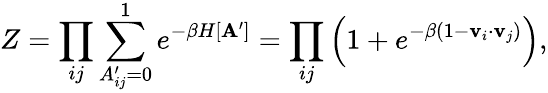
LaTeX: Z=\prod_{ij}\sum_{A_{ij}^{\prime}=0}^{1}e^{-\beta H[\mathbf{A^{\prime}}]}=\prod_{ij}\left(1+e^{-\beta(1-\mathbf{v}_{i}\cdot\mathbf{v}_{j})}\right),